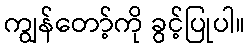
ကျွန်တော့်ကို ခွင့်ပြုပါ။